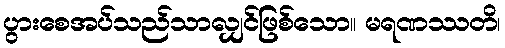
ပွားစေအပ်သည်သာလျှင်ဖြစ်သော။ မရဏဿတိ၊